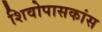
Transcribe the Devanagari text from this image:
शिवोपासकांस